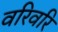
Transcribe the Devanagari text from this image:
वरिवरि